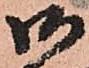
御